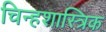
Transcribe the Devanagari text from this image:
चिन्हशास्त्रिक